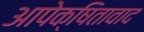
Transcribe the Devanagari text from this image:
आपेक्षितावाद